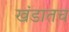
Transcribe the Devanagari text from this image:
खंडातच